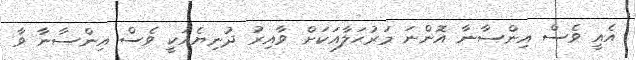
އެއީ ވެސް އިންސާނާ އޮންނަ މަރުޙަލާއަކަށް ވާއިރު ދުނިޔެއަކީ ވެސް އިންސާނާ ވާ